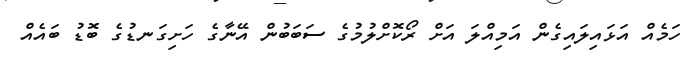
ހަމެއް އަޅައިލައިގެން އަމިއްލަ އަށް ރޯކޮށްލުމުގެ ސަބަބުން އޭނާގެ ހަށިގަނޑުގެ ބޮޑު ބައެއް